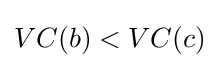
VC(b)<VC(c)